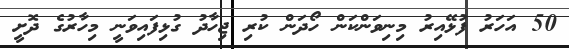
50 އަހަރު ފުޅޭއިރު މިނިވަންކަން ހޯދަން ކުރި ޖިހާދު ގުޅިފައިވަނީ މިހާރުގެ ދޮށީ